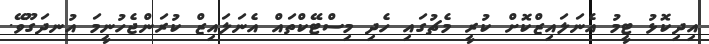
އިދިކޮޅު ޓީމު އެނަލައިޒްކޮށް ކުރީ މެޗުގައި ހެދި މިސްޓޭކްތައް އެނަލައިޒް ކުރަންޖެހުނީމަ އުނދަގޫވޭ.